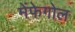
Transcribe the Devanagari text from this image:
मेंफेगोल